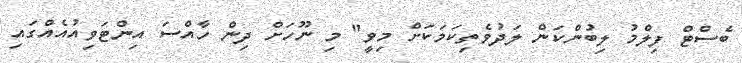
ބެސްޓް ފިލްމު ލިބުންކަން ލަދުވެތިކަމަކަށް މިވީ" މި ނޫހަށް ދިން ހާއްސަ އިންޓަވިއުއެއްގައި